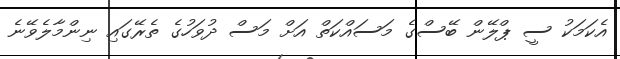
އެކަމަކު ސީ ޕްލޭން ބޭސްގެ މަސައްކަތް އަށް މަސް ދުވަހުގެ ތެރޭގައި ނިންމާލެވޭނެ